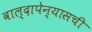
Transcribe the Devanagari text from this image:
वाल्दापेन्यासची